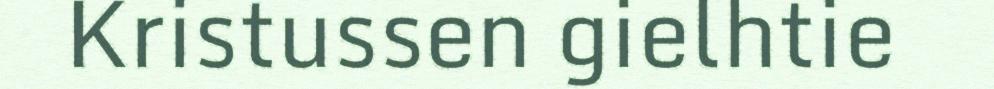
Kristussen gielhtie